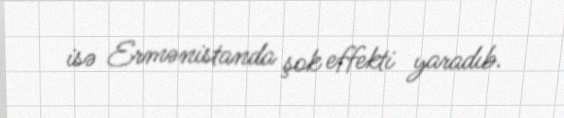
isə Ermənistanda şok effekti yaradıb.